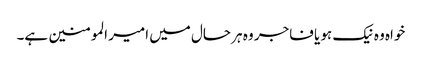
خواہ وہ نیک ہو یا فاجر وہ ہر حال میں امیر المومنین ہے۔